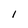
Character: I